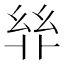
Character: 𢇅